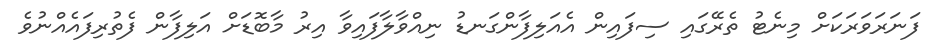
ފަނަރަވަރަކަށް މިނެޓު ތެރޭގައި ސިފައިން އެއަލިފާންގަނޑު ނިއްވާލާފައިވާ އިރު މާބޮޑަށް އަލިފާން ފެތުރިފައެއްނުވެ